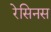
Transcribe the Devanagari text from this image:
रेसिनस